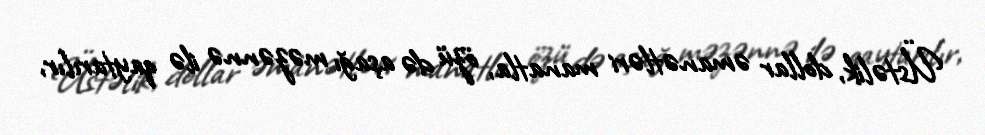
Üstəlik, dollar əmanətləri manatla, özü də aşağı məzənnə ilə qaytarılır,